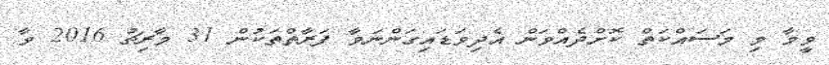
ވީމާ މި މަސައްކަތް ކޮށްދެއްވަން އެދިވަޑައިގަންނަވާ ފަރާތްތަކުން 31 މާރިޗު 2016 ވާ